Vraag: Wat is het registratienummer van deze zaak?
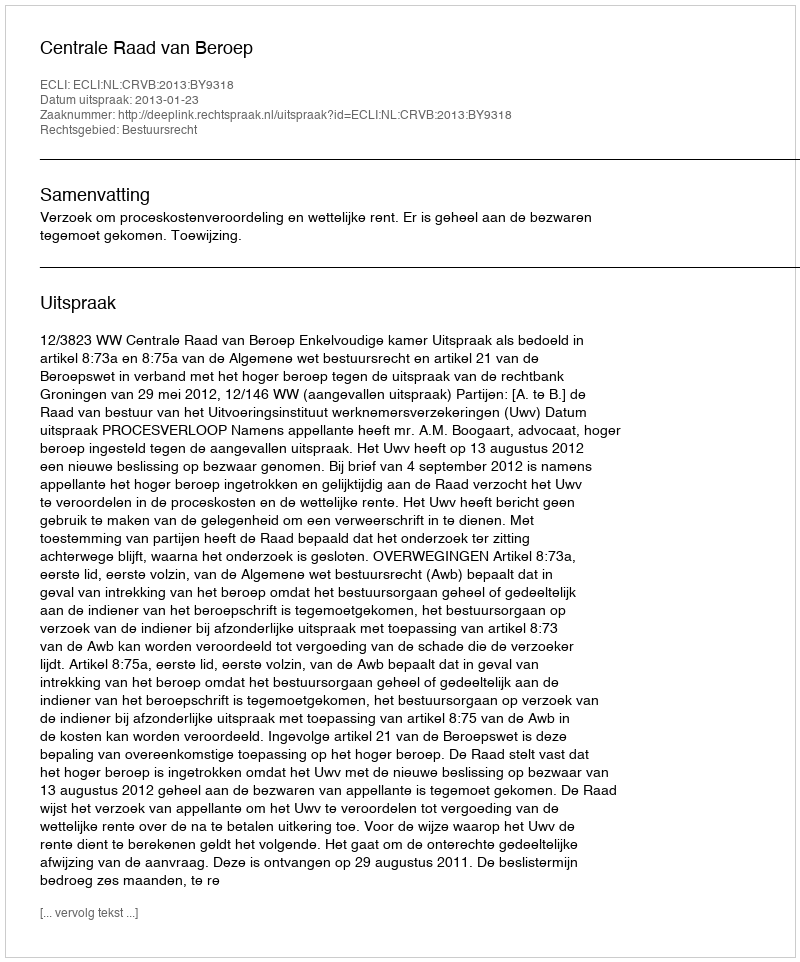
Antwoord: http://deeplink.rechtspraak.nl/uitspraak?id=ECLI:NL:CRVB:2013:BY9318